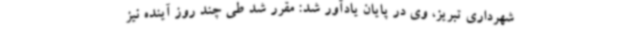
شهرداری تبریز، وی در پایان یادآور شد: مقرر شد طی چند روز آینده نیز